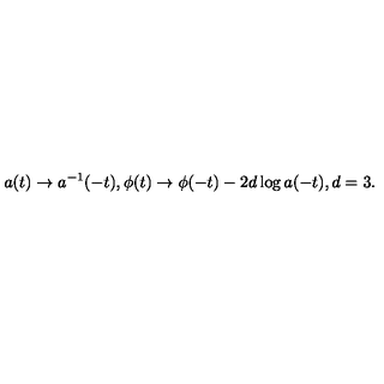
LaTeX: a ( t ) \rightarrow a ^ { - 1 } ( - t ) , \phi ( t ) \rightarrow \phi ( - t ) - 2 d \log a ( - t ) , d = 3 .